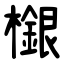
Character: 檭